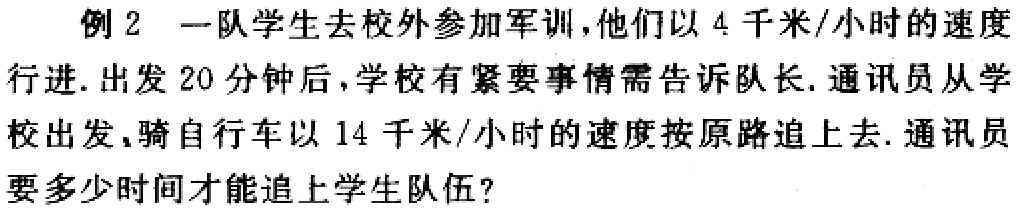
例 2 一队学生去校外参加军训，他们以 4 千米/小时的速度行进. 出发 20 分钟后，学校有紧要事情需告诉队长. 通讯员从学校出发，骑自行车以 14 千米/小时的速度按原路追上去. 通讯员要多少时间才能追上学生队伍?